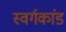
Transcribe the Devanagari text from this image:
स्वर्गकांड